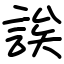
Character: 誒